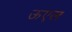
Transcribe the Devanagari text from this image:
ऊएल